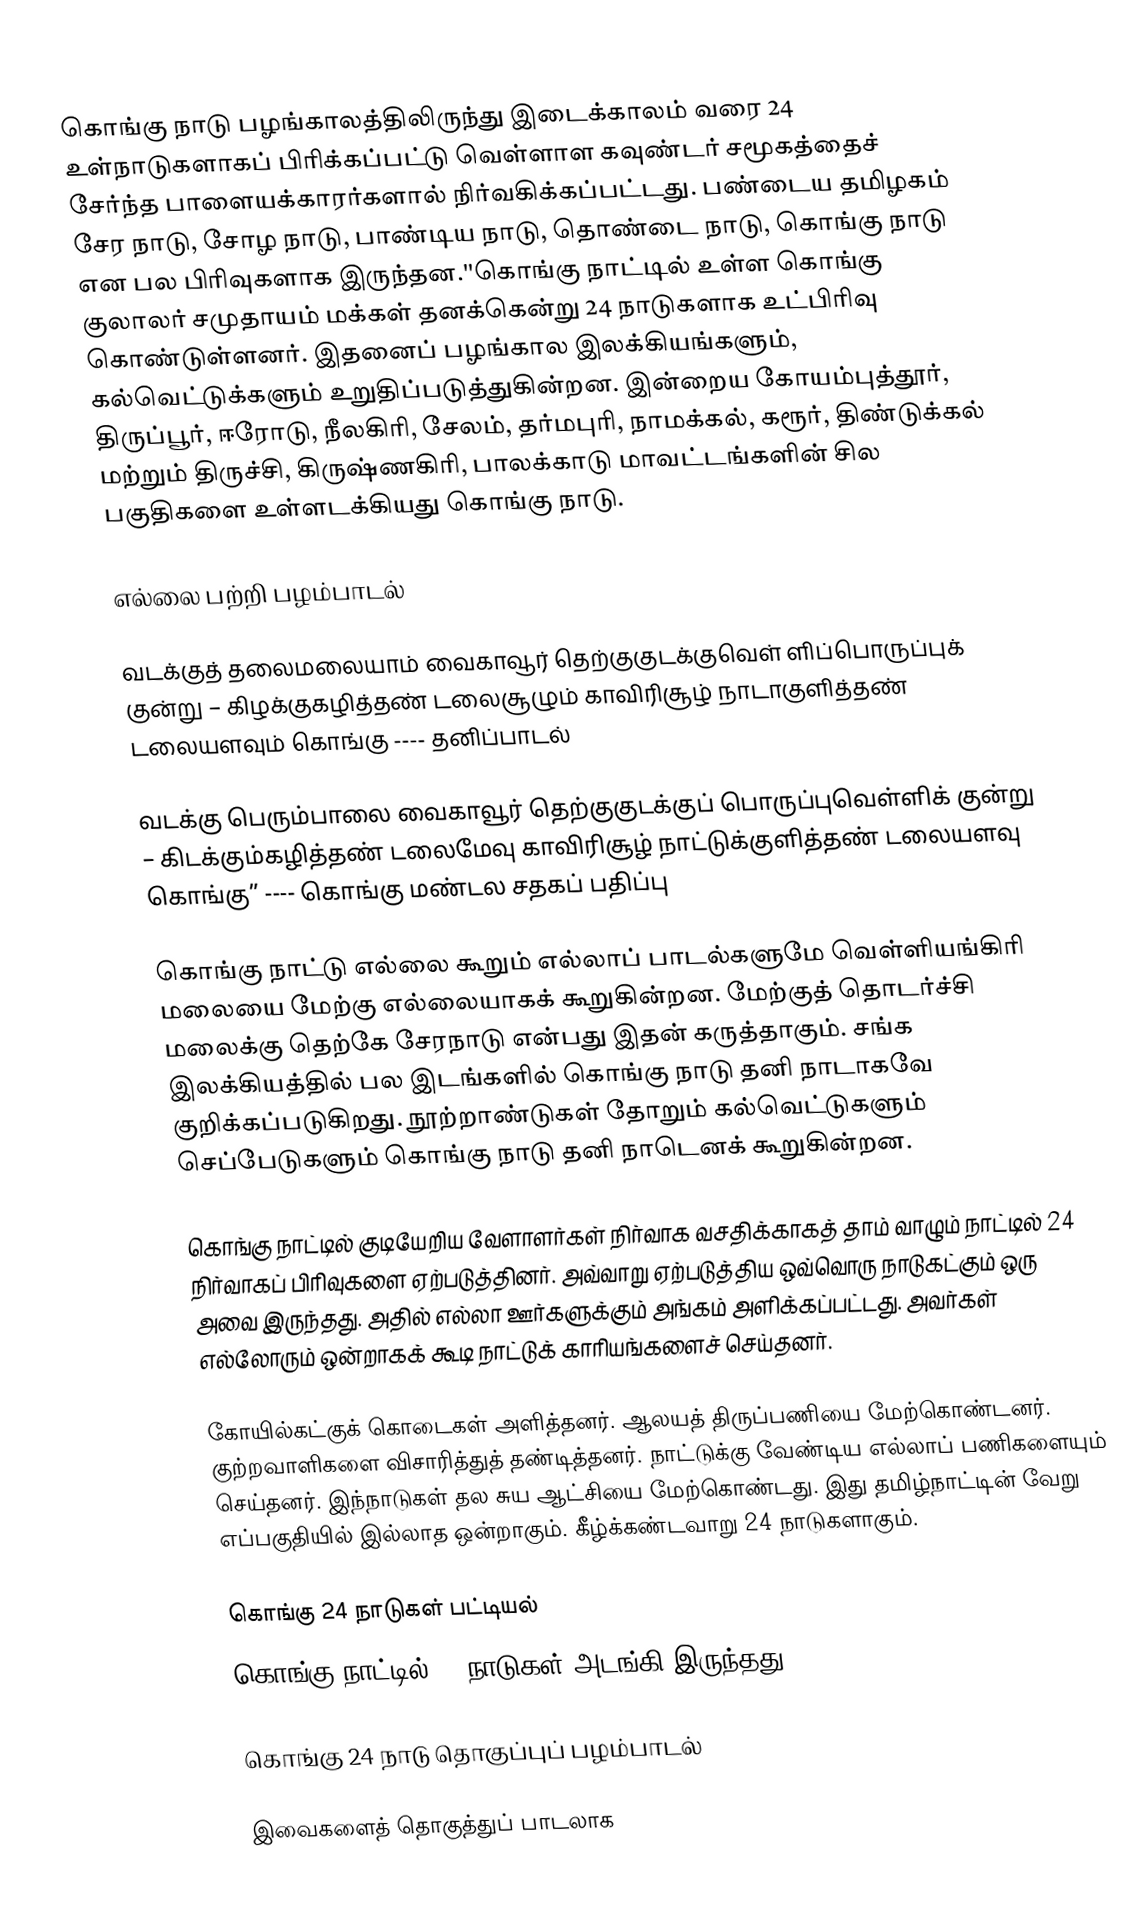
கொங்கு நாடு பழங்காலத்திலிருந்து இடைக்காலம் வரை 24 உள்நாடுகளாகப் பிரிக்கப்பட்டு வெள்ளாள கவுண்டர் சமூகத்தைச் சேர்ந்த பாளையக்காரர்களால் நிர்வகிக்கப்பட்டது. பண்டைய தமிழகம் சேர நாடு, சோழ நாடு, பாண்டிய நாடு, தொண்டை நாடு, கொங்கு நாடு என பல பிரிவுகளாக இருந்தன.''கொங்கு நாட்டில்  உள்ள கொங்கு குலாலர் சமுதாயம் மக்கள் தனக்கென்று  24 நாடுகளாக உட்பிரிவு கொண்டுள்ளனர். இதனைப் பழங்கால இலக்கியங்களும், கல்வெட்டுக்களும் உறுதிப்படுத்துகின்றன. இன்றைய கோயம்புத்தூர், திருப்பூர், ஈரோடு, நீலகிரி, சேலம், தர்மபுரி, நாமக்கல், கரூர், திண்டுக்கல் மற்றும் திருச்சி, கிருஷ்ணகிரி, பாலக்காடு மாவட்டங்களின் சில பகுதிகளை உள்ளடக்கியது கொங்கு நாடு.

எல்லை பற்றி பழம்பாடல்

வடக்குத் தலைமலையாம் வைகாவூர் தெற்குகுடக்குவெள் ளிப்பொருப்புக் குன்று – கிழக்குகழித்தண் டலைசூழும் காவிரிசூழ் நாடாகுளித்தண் டலையளவும் கொங்கு  ---- தனிப்பாடல்

வடக்கு பெரும்பாலை வைகாவூர் தெற்குகுடக்குப் பொருப்புவெள்ளிக் குன்று – கிடக்கும்கழித்தண் டலைமேவு காவிரிசூழ் நாட்டுக்குளித்தண் டலையளவு கொங்கு” ---- கொங்கு மண்டல சதகப் பதிப்பு

கொங்கு நாட்டு எல்லை கூறும் எல்லாப் பாடல்களுமே வெள்ளியங்கிரி மலையை மேற்கு எல்லையாகக் கூறுகின்றன. மேற்குத் தொடர்ச்சி மலைக்கு தெற்கே சேரநாடு என்பது இதன் கருத்தாகும். சங்க இலக்கியத்தில் பல இடங்களில் கொங்கு நாடு தனி நாடாகவே குறிக்கப்படுகிறது. நூற்றாண்டுகள் தோறும் கல்வெட்டுகளும் செப்பேடுகளும் கொங்கு நாடு தனி நாடெனக் கூறுகின்றன.

கொங்கு நாட்டில் குடியேறிய வேளாளர்கள் நிர்வாக வசதிக்காகத் தாம் வாழும் நாட்டில் 24 நிர்வாகப் பிரிவுகளை ஏற்படுத்தினர். அவ்வாறு ஏற்படுத்திய ஒவ்வொரு நாடுகட்கும் ஒரு அவை இருந்தது. அதில் எல்லா ஊர்களுக்கும் அங்கம் அளிக்கப்பட்டது. அவர்கள் எல்லோரும் ஒன்றாகக் கூடி நாட்டுக் காரியங்களைச் செய்தனர்.

கோயில்கட்குக் கொடைகள் அளித்தனர். ஆலயத் திருப்பணியை மேற்கொண்டனர். குற்றவாளிகளை விசாரித்துத் தண்டித்தனர். நாட்டுக்கு வேண்டிய எல்லாப் பணிகளையும் செய்தனர். இந்நாடுகள் தல சுய ஆட்சியை மேற்கொண்டது. இது தமிழ்நாட்டின் வேறு எப்பகுதியில் இல்லாத ஒன்றாகும். கீழ்க்கண்டவாறு 24 நாடுகளாகும்.

கொங்கு 24 நாடுகள் பட்டியல்
 கொங்கு நாட்டில் 24 நாடுகள் அடங்கி இருந்தது.

கொங்கு 24 நாடு தொகுப்புப் பழம்பாடல்

இவைகளைத் தொகுத்துப் பாடலாக